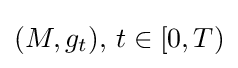
(M,g_{t}),\,t\in [0,T)